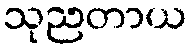
သုညတာယ